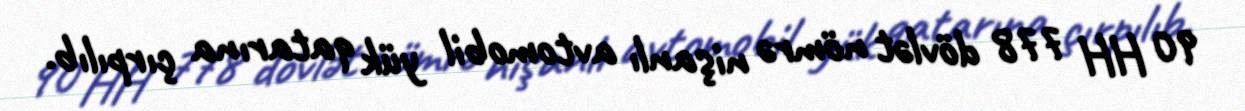
90 HH 778 dövlət nömrə nişanlı avtomobil yük qatarına çırpılıb.